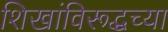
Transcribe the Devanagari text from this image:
शिखांविरूद्धच्या